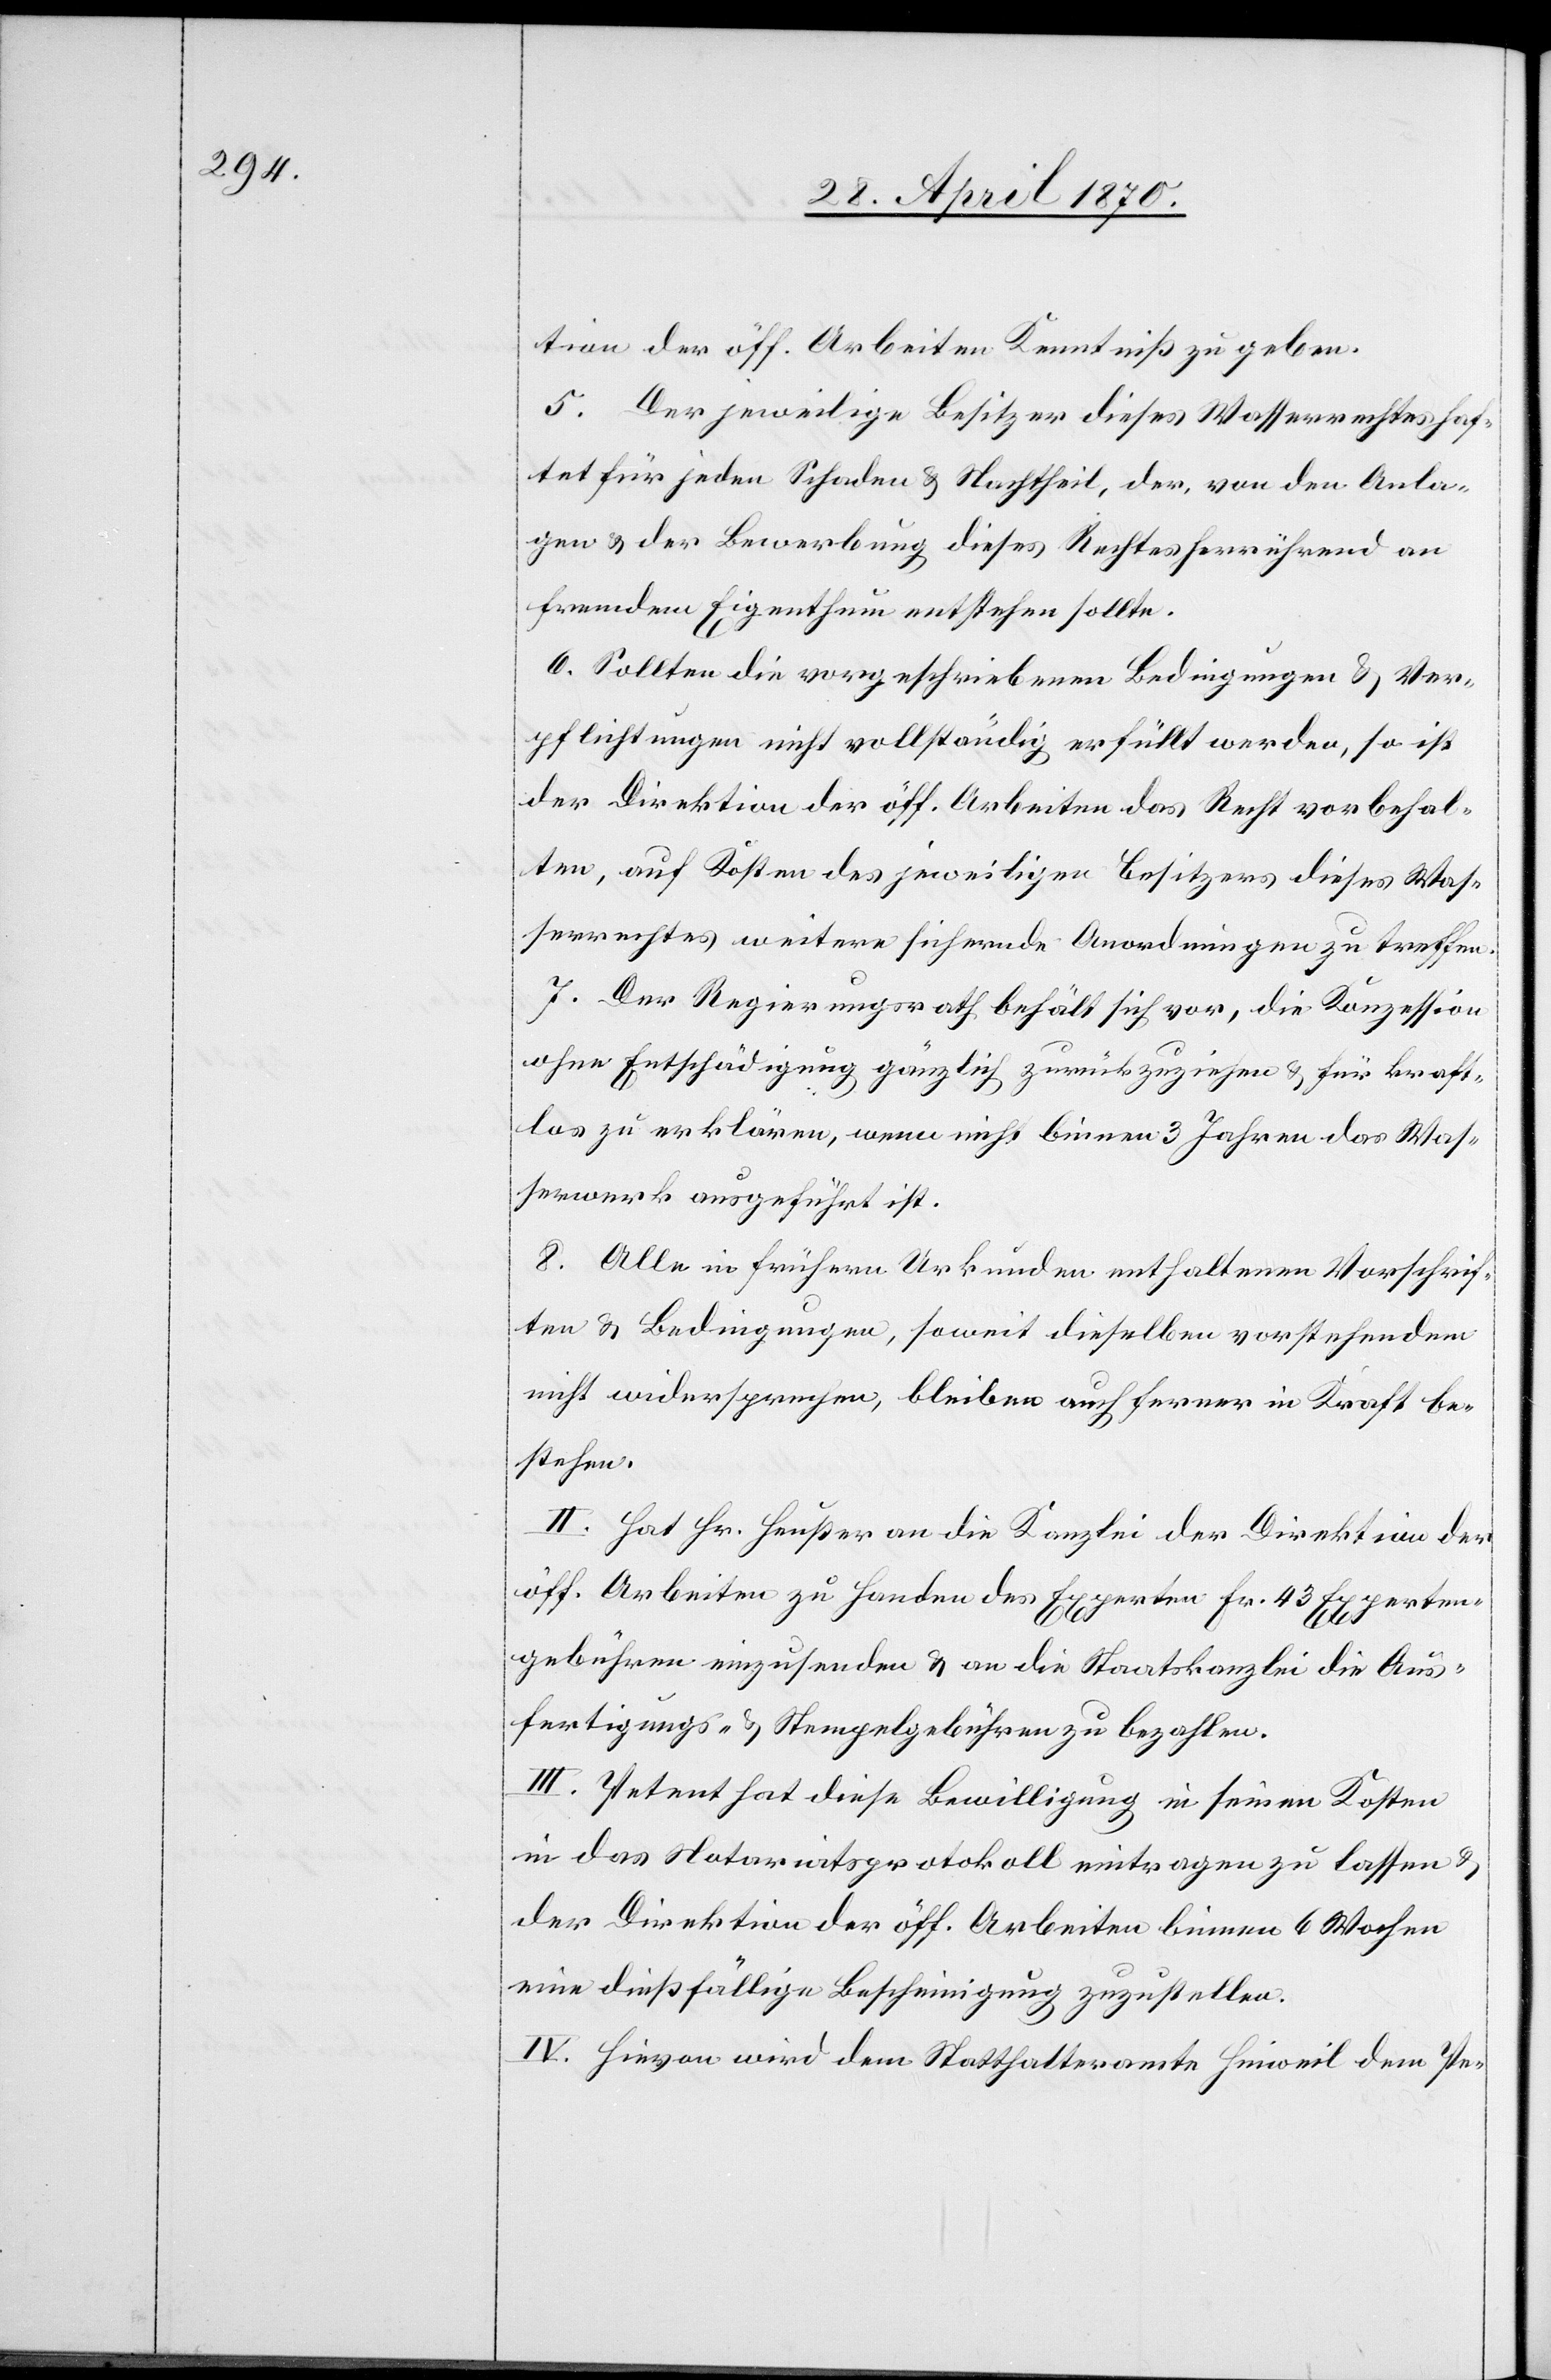
tion der öff. Arbeiten Kenntniß zu geben.
5. Der jeweilige Besitzer dieses Wasserwerkes haf¬
tet für jeden Schaden & Nachtheil, der, von den Anla¬
gen & der Bewerbung dieses Rechtes herrührend an
fremdem Eigenthum entstehen sollte.
6. Sollten die vorgeschriebenen Bedingungen & Ver¬
pflichtungen nicht vollständig erfüllt werden, so ist
der Direktion der öff. Arbeiten das Recht vorbehal¬
ten, auf Kosten des jeweiligen Besitzers dieses Was¬
serrechtes weitere sichernde Anordnungen zu treffen.
7. Der Regierungsrath behält sich vor, die Konzession
ohne Entschädigung gänzlich zurückzuziehen & für kraft¬
los zu erklären, wenn nicht binnen 3 Jahren das Was¬
serwerk ausgeführt ist.
8. Alle in frühern Urkunden enthaltenen Vorschrif¬
ten & Bedingungen, soweit dieselben vorstehendem
nicht widersprechen, bleiben auch ferner in Kraft be¬
stehen.
II. Hat Hr. Heußer an die Kanzlei der Direktion der
öff. Arbeiten zu Handen des Experten Fr. 43 Experten¬
gebühren einzusenden & an die Staatskanzlei die Aus¬
fertigungs- & Stempelgebühren zu bezahlen.
III. Petent hat diese Bewilligung in seinen Kosten
in das Notariatsprotokoll eintragen zu lassen &
der Direktion der öff. Arbeiten binnen 6 Wochen
eine dießfällige Bescheinigung zuzustellen.
IV. Hievon wird dem Statthalteramte Hinweil[,] dem Pe-